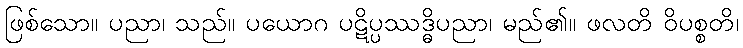
ဖြစ်သော။ ပညာ၊ သည်။ ပယောဂ ပဋိပ္ပဿဒ္ဓိပညာ၊ မည်၏။ ဖလတိ ဝိပစ္စတိ၊